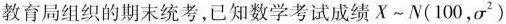
教育局组织的期末统考，已知数学考试成绩X\sim N(100，σ^{2})